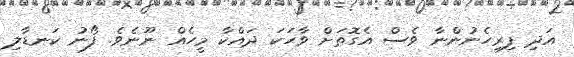
އަދި ފިރިހެނުންނާ ވެސް އެގޮތަށް ވާހަކަ ދައްކާ މީހެއް ނޫނެވެ. ފޯނު ކަނޑާލި